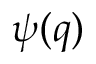
\psi ( q )